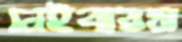
নেইবারস